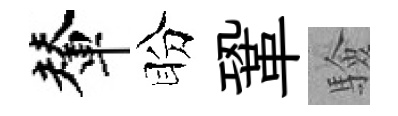
輦盼鞏驗